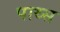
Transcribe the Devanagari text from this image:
पाथ्स